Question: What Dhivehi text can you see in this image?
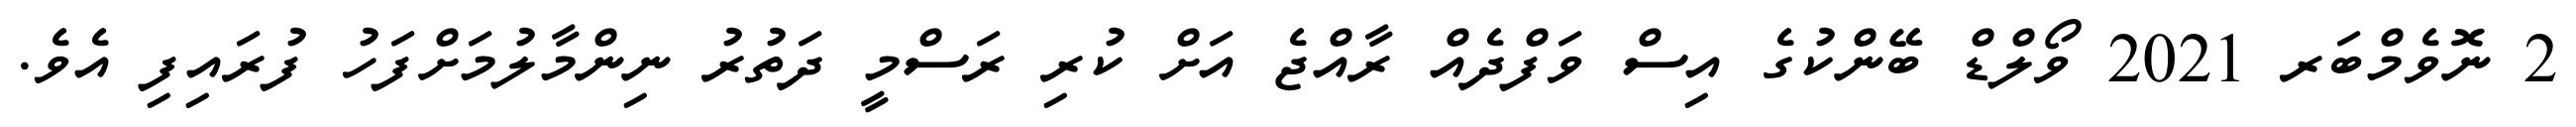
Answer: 2 ނޮވެމްބަރ 2021 ވޯލްޑް ބޭންކުގެ އިސް ވަފްދެއް ރާއްޖެ އަށް ކުރި ރަސްމީ ދަތުރު ނިންމާލުމަށްފަހު ފުރައިފި އެވެ.